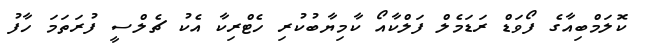
ކޮލަމްބިއާގެ ފޯވަޑް ރަޑަމެލް ފަލްކާއޯ ކާމިޔާބުކުރި ހެޓްރިކާ އެކު ޗެލްސީ ފުރަތަމަ ހާފު